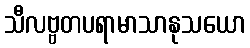
သီလဗ္ဗတပရာမာသာနုသယော